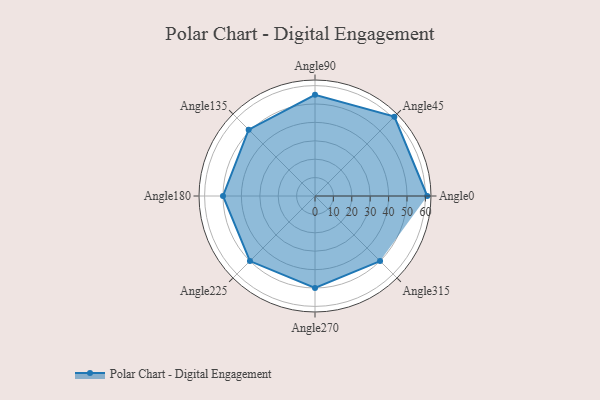
{"axis": {"x": "Angle", "y": "Radius"}, "legend": [""], "data": [{"x": "Angle0", "y": 61.0, "type": ""}, {"x": "Angle45", "y": 61.0, "type": ""}, {"x": "Angle90", "y": 55.0, "type": ""}, {"x": "Angle135", "y": 51.0, "type": ""}, {"x": "Angle180", "y": 50, "type": ""}, {"x": "Angle225", "y": 50, "type": ""}, {"x": "Angle270", "y": 50, "type": ""}, {"x": "Angle315", "y": 50, "type": ""}]}